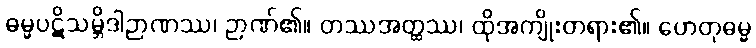
ဓမ္မပဋိသမ္ဘိဒါဉာဏဿ၊ ဉာဏ်၏။ တဿအတ္ထဿ၊ ထိုအကျိုးတရား၏။ ဟေတုဓမ္မ